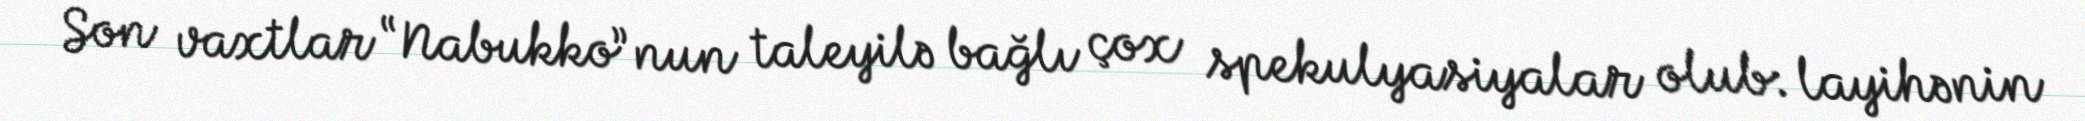
Son vaxtlar “Nabukko”nun taleyilə bağlı çox spekulyasiyalar olub: layihənin